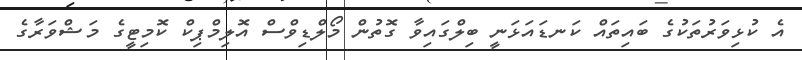
އެ ކުޅިވަރުތަކުގެ ބައިތައް ކަނޑައަޅަނީ ބިލްގައިވާ ގޮތުން މޯލްޑިވްސް އޮލިމްޕިކް ކޮމިޓީގެ މަޝްވަރާގެ